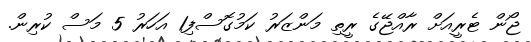
ޖޯން ޓެރީއަށް ރާއްޖޭގެ ރީތި މަންޒަރު ކަމުގޮސްފި1 އަހަރު 5 މަސް ކުރިން.